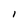
Character: l